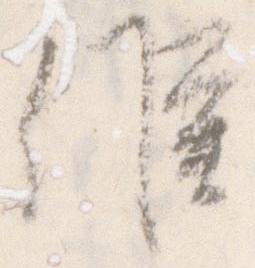
候